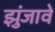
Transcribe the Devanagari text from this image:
झुंजावे